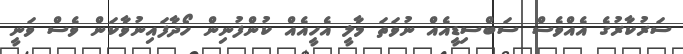
ސަރުކާރުގެ އެއްވެސް ސަބްސިޑީއެއް ނުވަތަ މާލީ އެހީއެއް ކުންފުނިން ހޯދާފައިނުވާކަން ވެސް ވަނީ